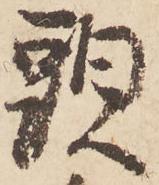
頭